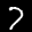
Label: 7